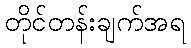
တိုင်တန်းချက်အရ